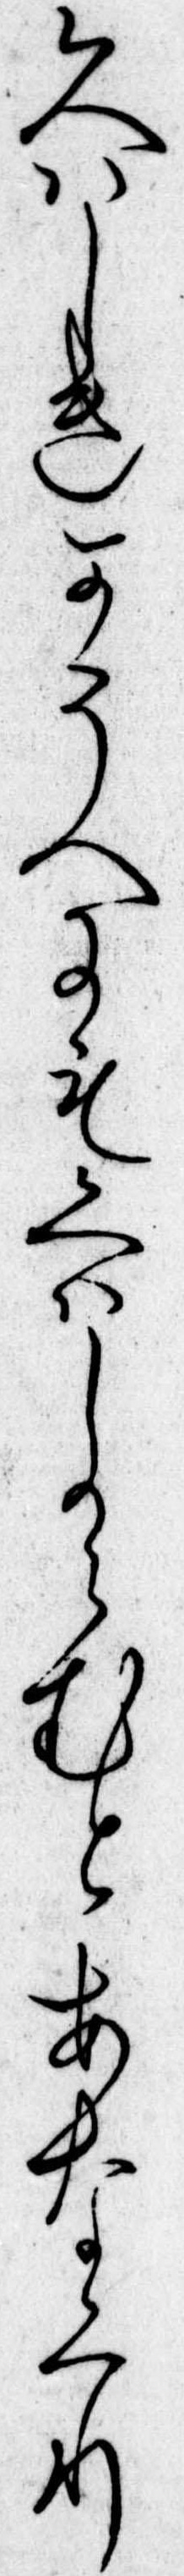
くはしきかうへにもくはしからむとあなくり